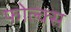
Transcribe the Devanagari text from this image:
फोल्क्स